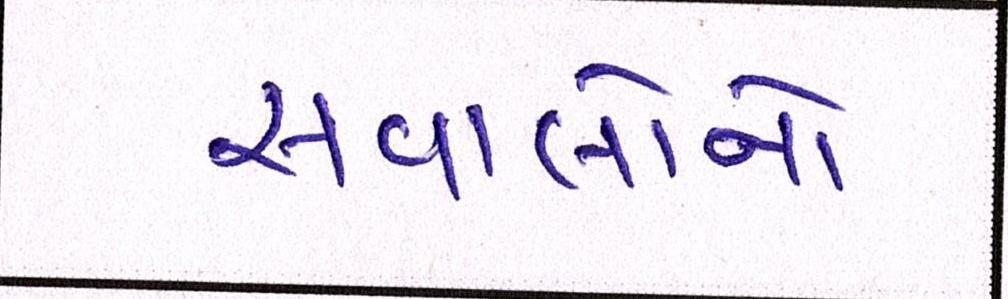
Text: સવાલોનો